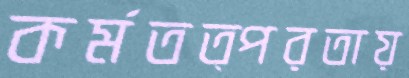
কর্মতত্পরতায়